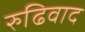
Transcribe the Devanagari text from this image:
रुढिवाद